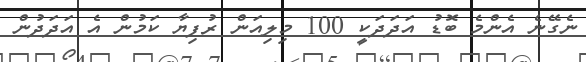
ނެގޭނެ އެންމެ ބޮޑު އަދަދަކީ 100 މިލިއަން ރުފިޔާ ކަމުން އެ އަދަދުން